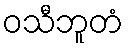
ဝသီဘူတံ